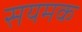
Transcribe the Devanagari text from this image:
सयमक